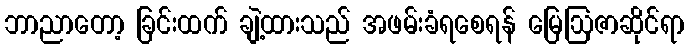
ဘာညာတော့ ခြင်းထက် ချဲ့ထားသည် အဖမ်းခံရစေရန် မြေဩဇာဆိုင်ရာ